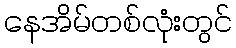
နေအိမ်တစ်လုံးတွင်